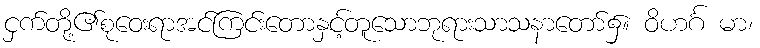
ငှက်တို့၏စုဝေးရာအင်ကြင်းတောနှင့်တူသောဘုရားသာသနာတော်၌။ ဝိဟင်္ဂ မာ၊